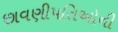
છાવણીપતિઓની